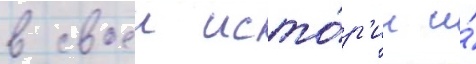
в своеи исто́р'ии и́